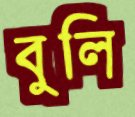
বুলি